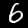
Label: 6